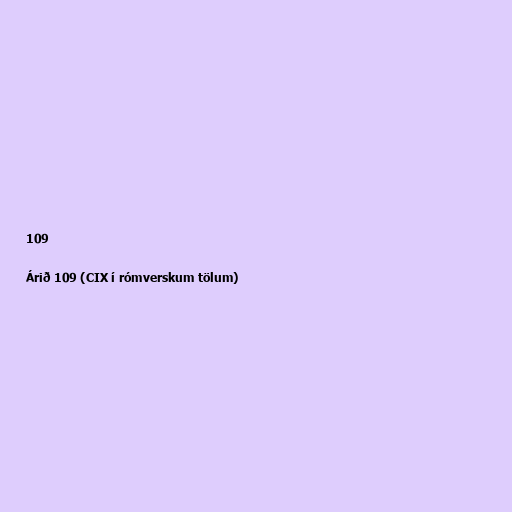
109

Árið 109 (CIX í rómverskum tölum)